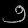
Digit: ၅